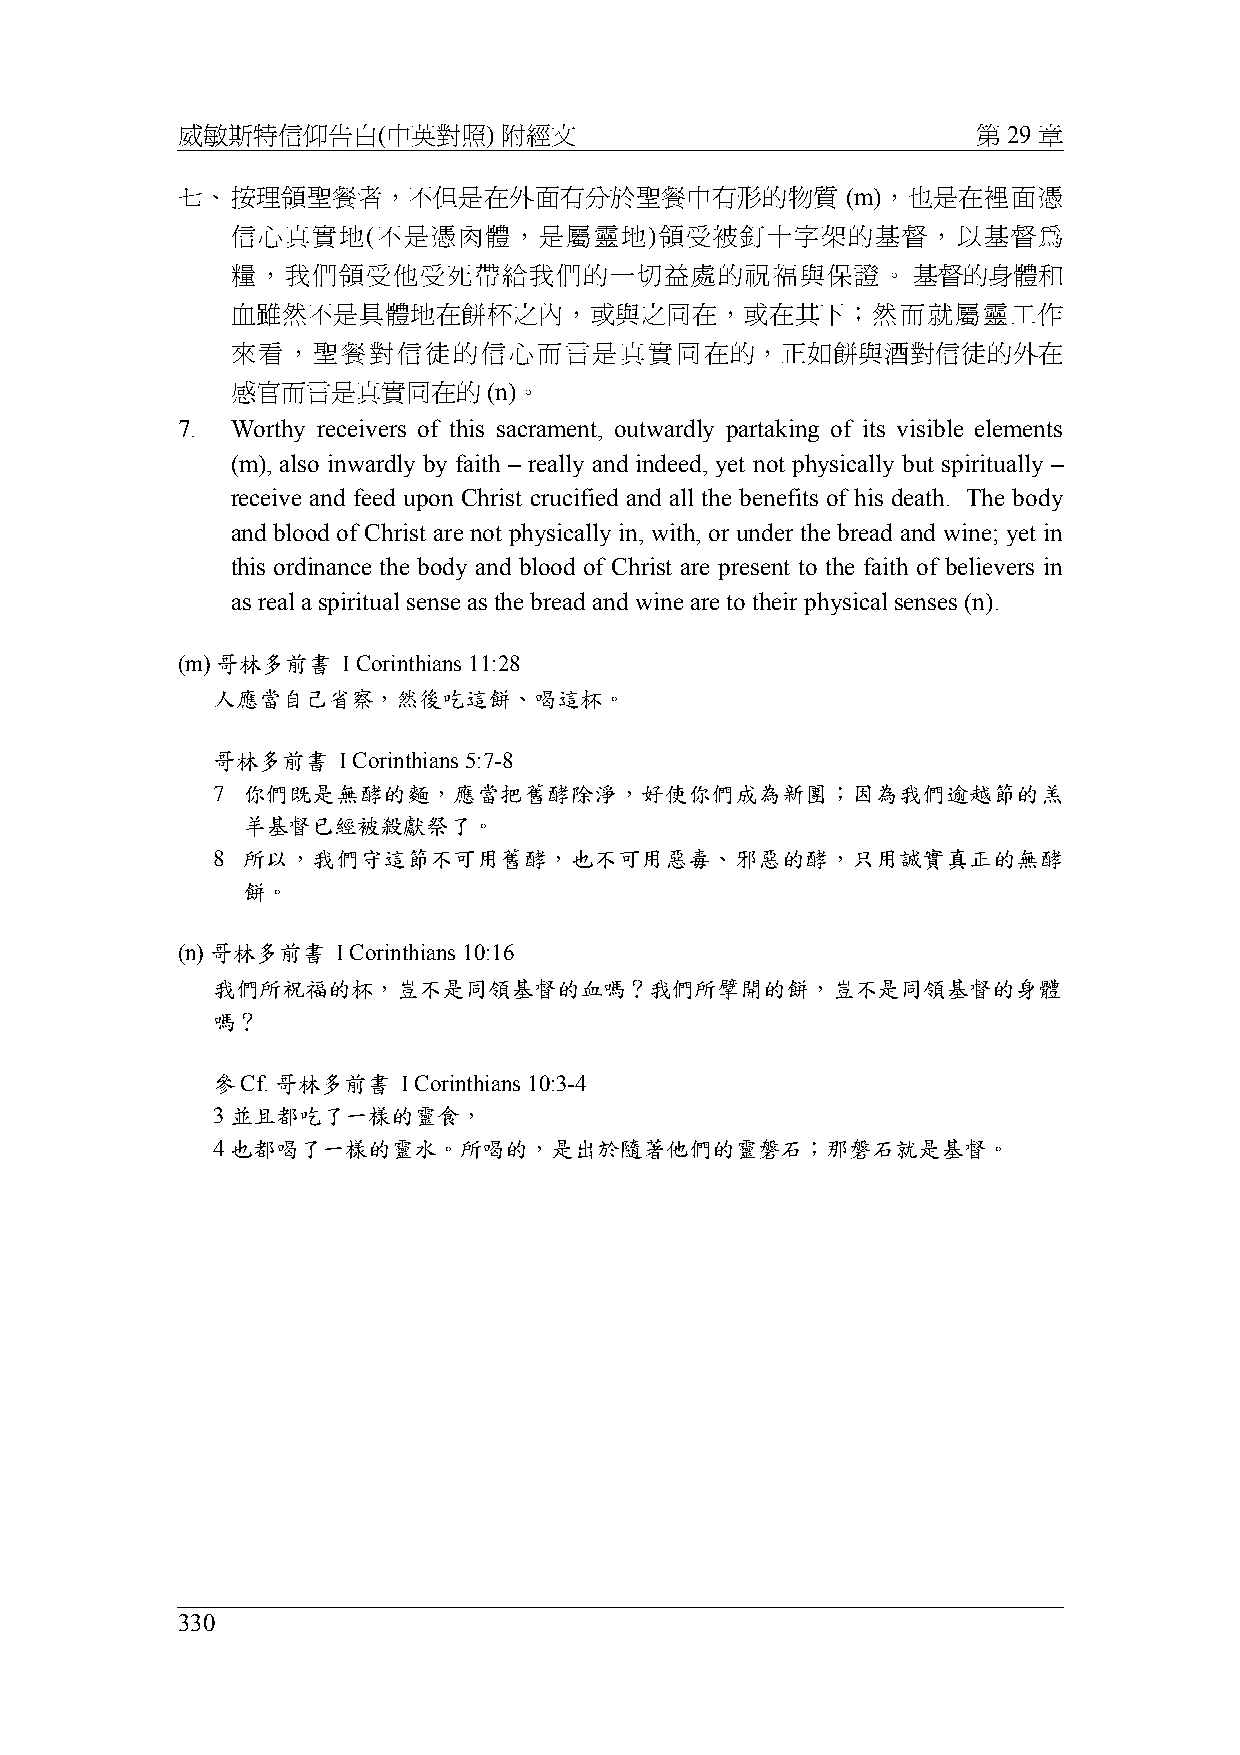
威敏斯特信仰告白(中英對照)       附經文                             第 29 章
 七、按理領聖餐者，不但是在外面有分於聖餐中有形的物質                  (m)，也是在裡面憑
 信心真實地(不是憑肉體，是屬靈地)領受被釘十字架的基督，以基督為
 糧，我們領受他受死帶給我們的一切益處的祝福與保證。                    基督的身體和
 血雖然不是具體地在餅杯之內，或與之同在，或在其下；然而就屬靈工作
 來看，聖餐對信徒的信心而言是真實同在的，正如餅與酒對信徒的外在
 感官而言是真實同在的       (n)。
 7. Worthy receivers of this sacrament, outwardly partaking of its visible elements
 (m), also inwardly by faith – really and indeed, yet not physically but spiritually –
 receive and feed upon Christ crucified and all the benefits of his death. The body
 and blood of Christ are not physically in, with, or under the bread and wine; yet in
 this ordinance the body and blood of Christ are present to the faith of believers in
 as real a spiritual sense as the bread and wine are to their physical senses (n).
 (m) 哥林多前書  I Corinthians 11:28
 人應當自己省察，然後吃這餅、喝這杯。
 哥林多前書   I Corinthians 5:7-8
 7 你們既是無酵的麵，應當把舊酵除淨，好使你們成為新團；因為我們逾越節的羔
 羊基督已經被殺獻祭了。
 8 所以，我們守這節不可用舊酵，也不可用惡毒、邪惡的酵，只用誠實真正的無酵
 餅。
 (n) 哥林多前書 I Corinthians 10:16
 我們所祝福的杯，豈不是同領基督的血嗎？我們所擘開的餅，豈不是同領基督的身體
 嗎？
 參Cf. 哥林多前書   I Corinthians 10:3-4
 3 並且都吃了一樣的靈食，
 4 也都喝了一樣的靈水。所喝的，是出於隨著他們的靈磐石；那磐石就是基督。
 330